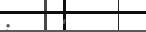
:    '